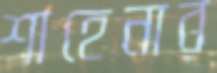
শাহেনার